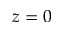
z = 0